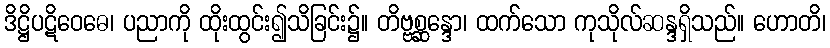
ဒိဋ္ဌိပဋိဝေဓေ၊ ပညာကို ထိုးထွင်း၍သိခြင်း၌။ တိဗ္ဗစ္ဆန္ဒော၊ ထက်သော ကုသိုလ်ဆန္ဒရှိသည်။ ဟောတိ၊